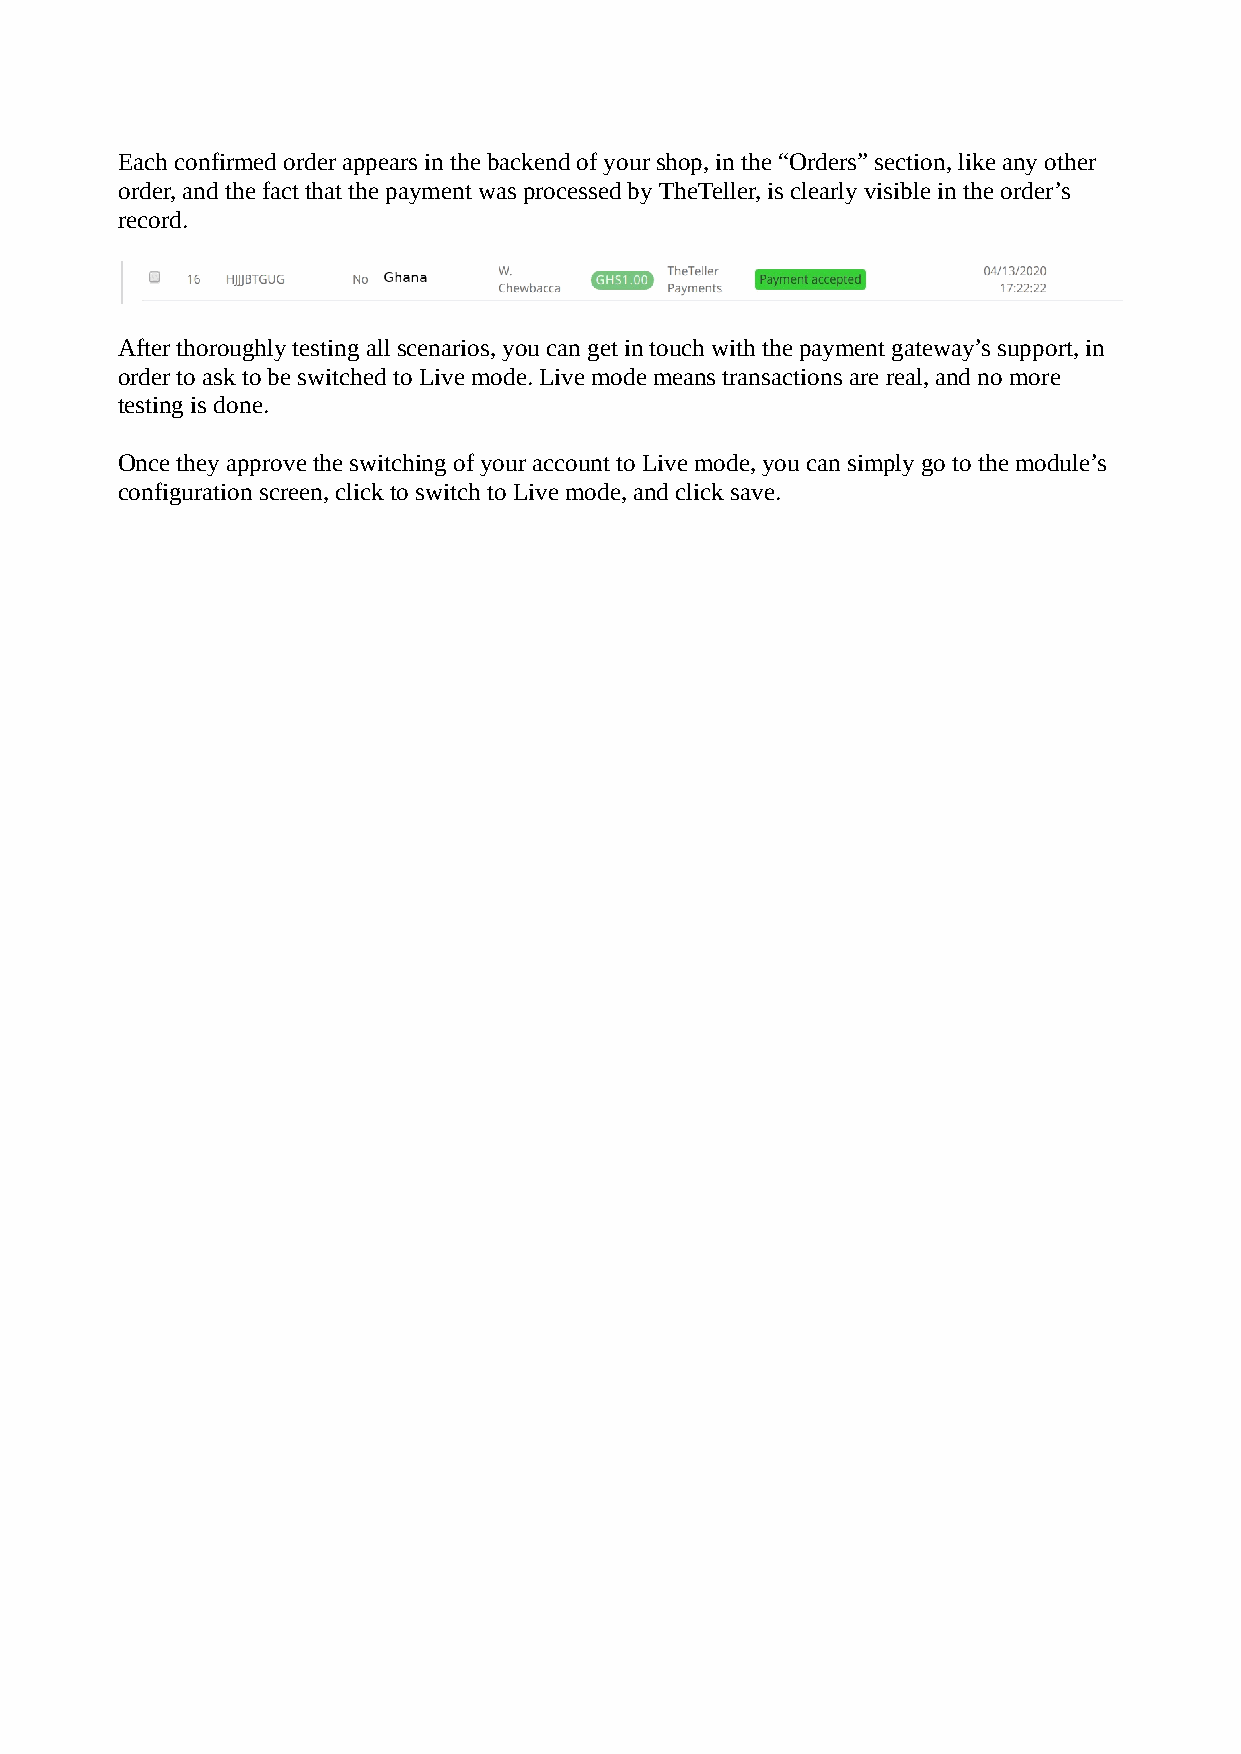
Each confirmed order appears in the backend of your shop, in the “Orders” section, like any other
 order, and the fact that the payment was processed by TheTeller, is clearly visible in the order’s
 record.
 After thoroughly testing all scenarios, you can get in touch with the payment gateway’s support, in
 order to ask to be switched to Live mode. Live mode means transactions are real, and no more
 testing is done.
 Once they approve the switching of your account to Live mode, you can simply go to the module’s
 configuration screen, click to switch to Live mode, and click save.